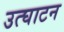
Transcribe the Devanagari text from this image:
उत्घाटन